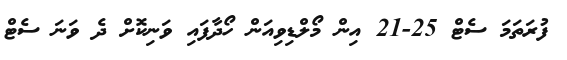
ފުރަތަމަ ސެޓް 25-21 އިން މޯލްޑިވިއަން ހޯދާފައި ވަނިކޮށް ދެ ވަނަ ސެޓް